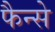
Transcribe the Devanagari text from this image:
फैन्से